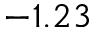
- 1 . 2 3